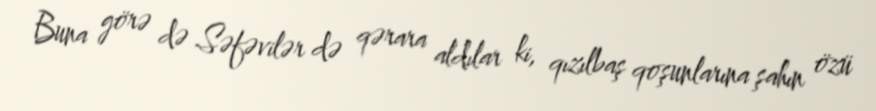
Buna görə də Səfəvilər də qərara aldılar ki, qızılbaş qoşunlarına şahın özü